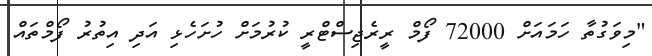
"މިވަގުތާ ހަމައަށް 72000 ފޯމް ރީރެޖިސްޓްރީ ކުރުމަށް ހުށަހެޅި އަދި އިތުރު ފޯމްތައް